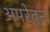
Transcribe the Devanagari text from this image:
अपरेतून